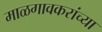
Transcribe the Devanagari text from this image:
माळगावकरांच्या